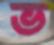
ভ